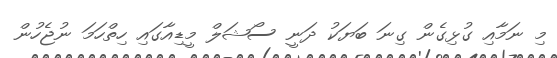
މި ނަމާއި ގުޅިގެން ގިނަ ބަޔަކު ދަނީ ސޯޝަލް މީޑިއާގައި ހިތްހަމަ ނުޖެހުން